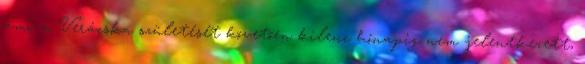
ami a Verácska születését követõen kilenc hónapig nem jelentkezett,